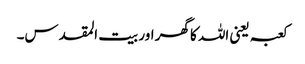
کعبہ یعنی اللہ کا گھر اور بیت المقدس۔